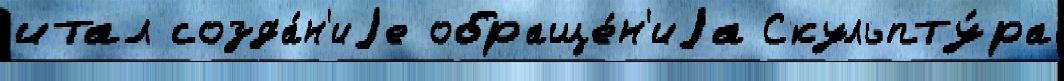
итал созда́н'иjе обраще́н'иjа Скульпту́ра